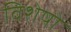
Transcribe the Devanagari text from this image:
विशेषो